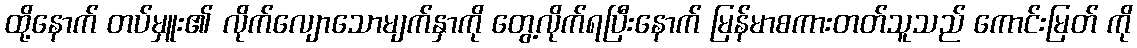
ထို့နောက် တပ်မှူး၏ လိုက်လျောသောမျက်နှာကို တွေ့လိုက်ရပြီးနောက် မြန်မာစကားတတ်သူသည် ကောင်းမြတ် ကို